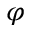
\varphi